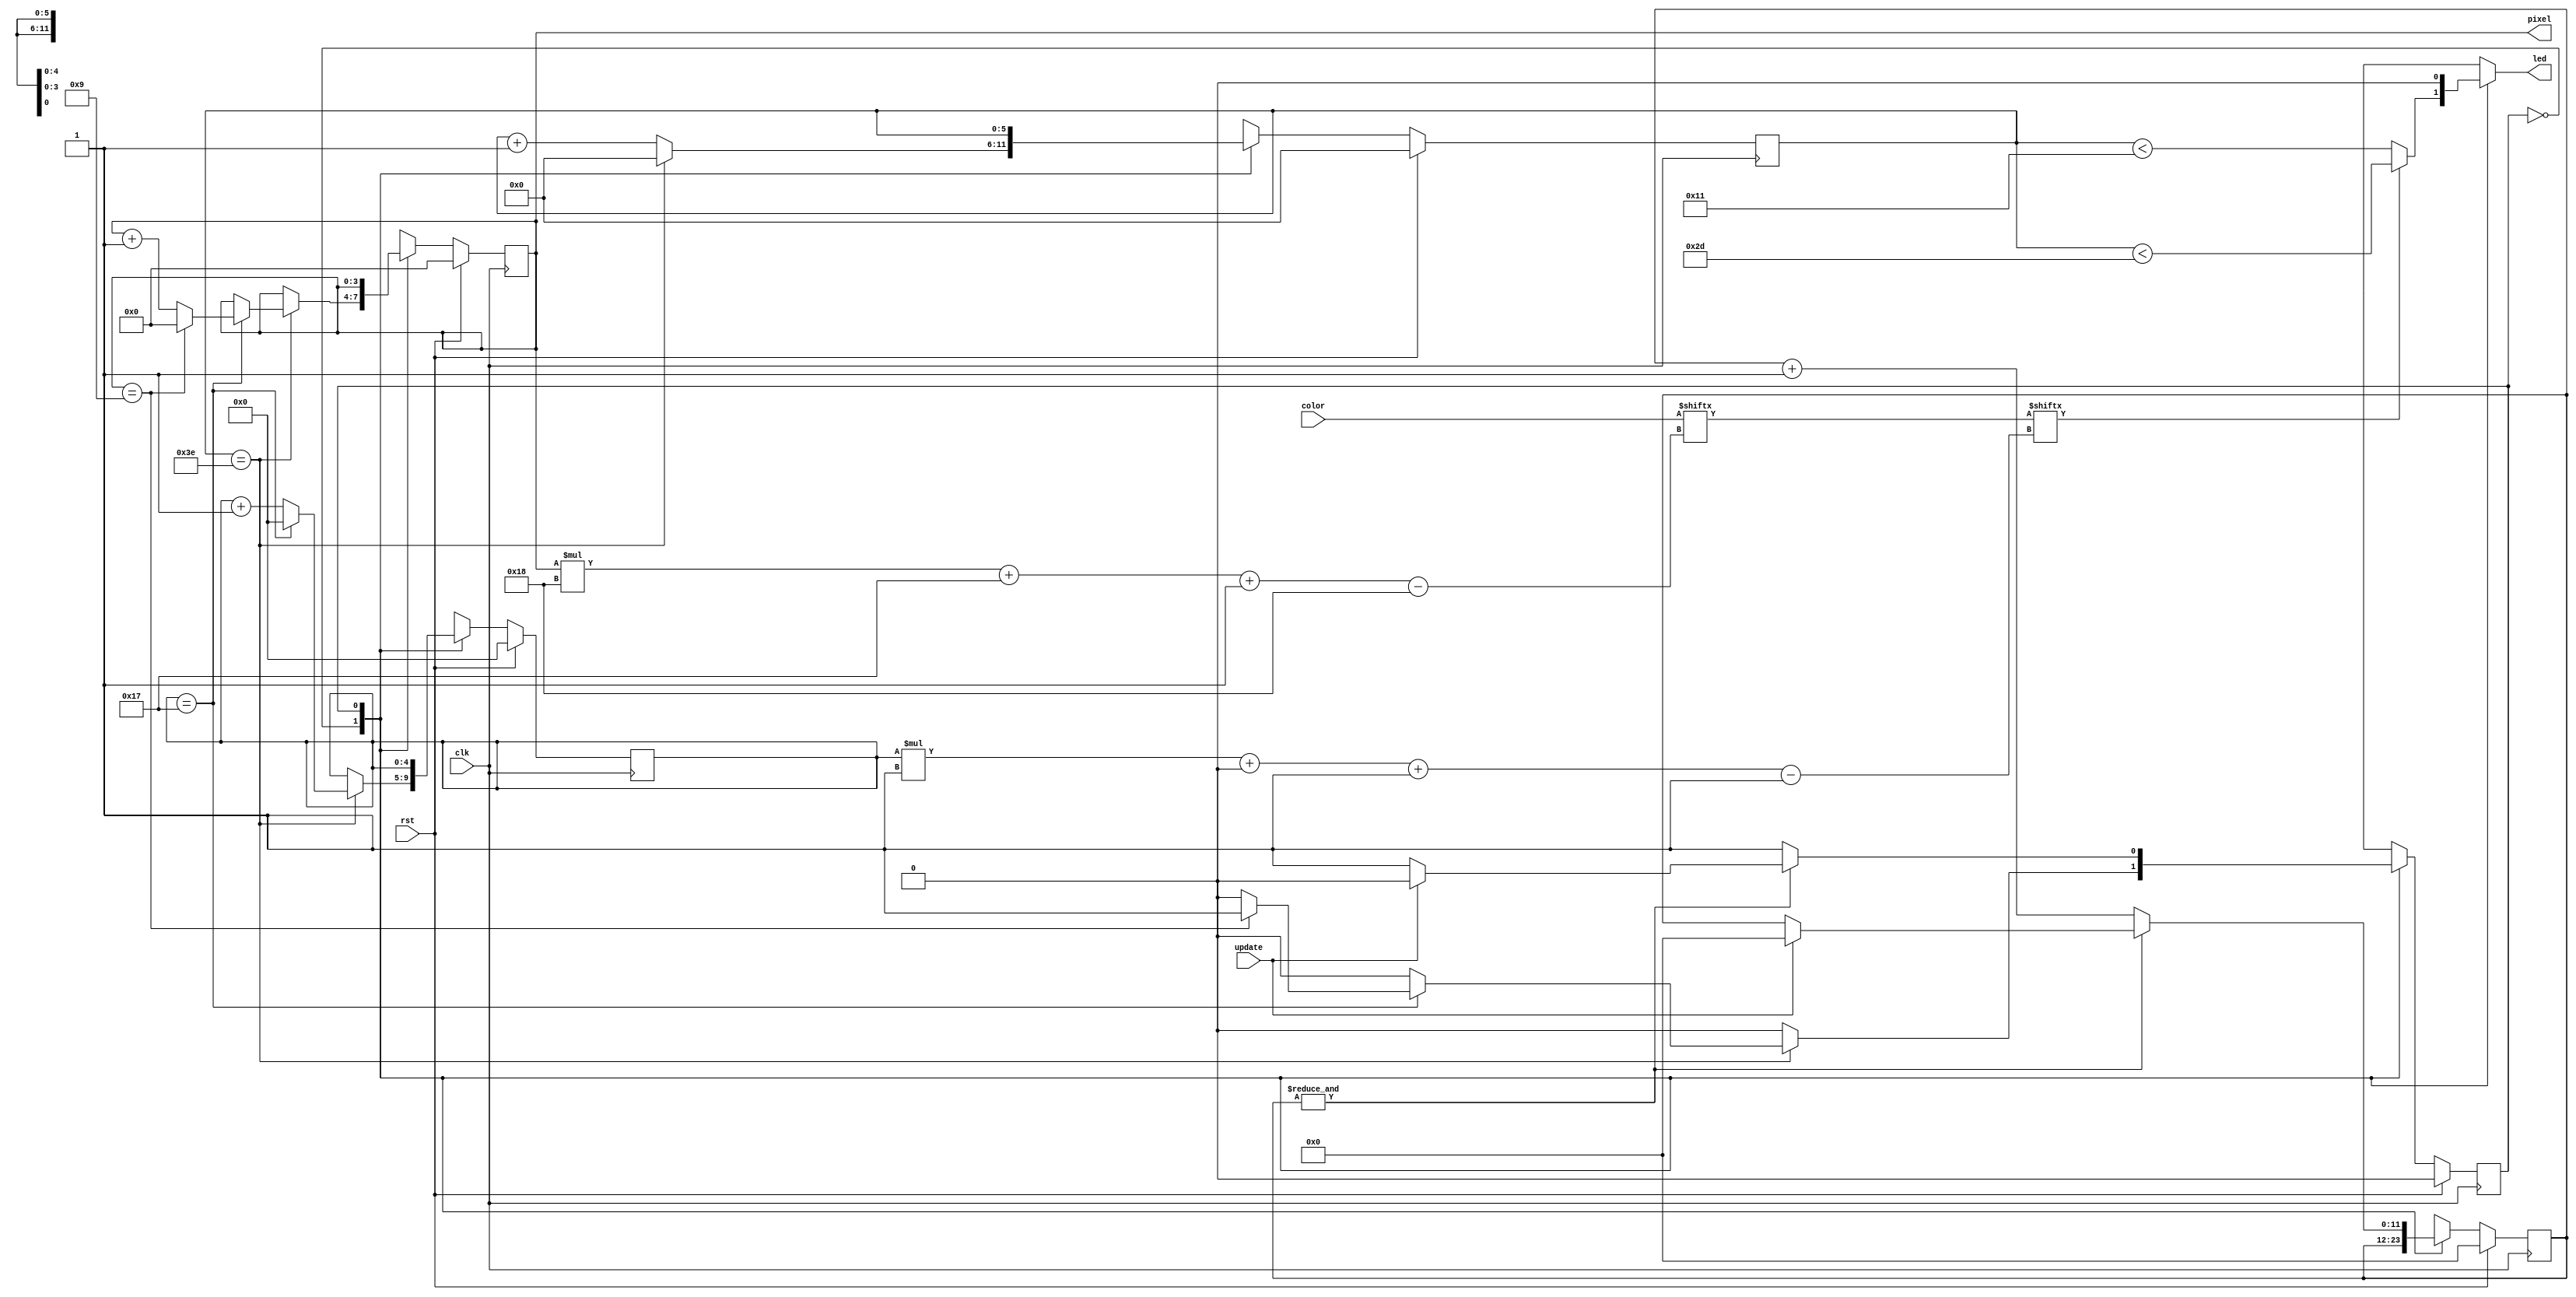
/*
   This file was generated automatically by the Mojo IDE version B1.3.6.
   Do not edit this file directly. Instead edit the original Lucid source.
   This is a temporary file and any changes made to it will be destroyed.
*/

/*
   Parameters:
     PIXEL_COUNT = 10
*/
module display_12 (
    input clk,
    input rst,
    input [95:0] color,
    output reg [3:0] pixel,
    output reg led,
    input update
  );
  
  localparam PIXEL_COUNT = 4'ha;
  
  
  localparam SEND_PIXEL_state = 1'd0;
  localparam RESET_state = 1'd1;
  
  reg M_state_d, M_state_q = SEND_PIXEL_state;
  reg [3:0] M_pixel_ctr_d, M_pixel_ctr_q = 1'h0;
  reg [4:0] M_bit_ctr_d, M_bit_ctr_q = 1'h0;
  reg [5:0] M_ctr_d, M_ctr_q = 1'h0;
  reg [11:0] M_rst_ctr_d, M_rst_ctr_q = 1'h0;
  
  reg [23:0] bits;
  
  always @* begin
    M_state_d = M_state_q;
    M_pixel_ctr_d = M_pixel_ctr_q;
    M_rst_ctr_d = M_rst_ctr_q;
    M_bit_ctr_d = M_bit_ctr_q;
    M_ctr_d = M_ctr_q;
    
    led = 1'h0;
    bits = color[(M_pixel_ctr_q)*24+23-:24];
    pixel = M_pixel_ctr_q;
    
    case (M_state_q)
      SEND_PIXEL_state: begin
        if (bits[(M_bit_ctr_q)*1+0-:1]) begin
          led = M_ctr_q < 6'h2d;
        end else begin
          led = M_ctr_q < 5'h11;
        end
        M_ctr_d = M_ctr_q + 1'h1;
        if (M_ctr_q == 6'h3e) begin
          M_ctr_d = 1'h0;
          M_bit_ctr_d = M_bit_ctr_q + 1'h1;
          if (M_bit_ctr_q == 5'h17) begin
            M_bit_ctr_d = 1'h0;
            M_pixel_ctr_d = M_pixel_ctr_q + 1'h1;
            if (M_pixel_ctr_q == 5'h09) begin
              M_pixel_ctr_d = 1'h0;
              M_state_d = RESET_state;
            end
          end
        end
      end
      RESET_state: begin
        if ((&M_rst_ctr_q)) begin
          if (update) begin
            M_rst_ctr_d = 1'h0;
            M_state_d = SEND_PIXEL_state;
          end
        end else begin
          M_rst_ctr_d = M_rst_ctr_q + 1'h1;
        end
      end
    endcase
  end
  
  always @(posedge clk) begin
    if (rst == 1'b1) begin
      M_pixel_ctr_q <= 1'h0;
      M_bit_ctr_q <= 1'h0;
      M_ctr_q <= 1'h0;
      M_rst_ctr_q <= 1'h0;
      M_state_q <= 1'h0;
    end else begin
      M_pixel_ctr_q <= M_pixel_ctr_d;
      M_bit_ctr_q <= M_bit_ctr_d;
      M_ctr_q <= M_ctr_d;
      M_rst_ctr_q <= M_rst_ctr_d;
      M_state_q <= M_state_d;
    end
  end
  
endmodule